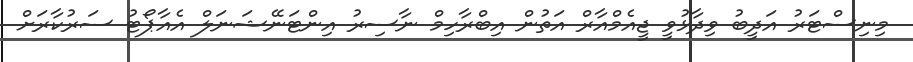
މިނިސްޓަރު އަދީބު ވިދާޅުވީ ޖީއެމްއާރް އަތުން އިބްރާހިމް ނާސިރު އިންޓަނޭޝަނަލް އެއާޕޯޓު ސަރުކާރަށް